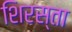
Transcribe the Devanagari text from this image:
शिरस्ता